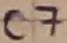
Text: C7